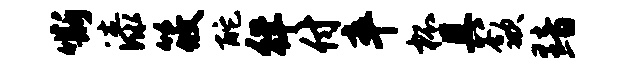
嘶漆筱酡徉付卒杯具歙黯